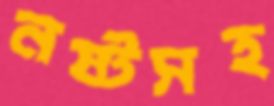
নষ্টসহ